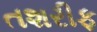
તશરીફ